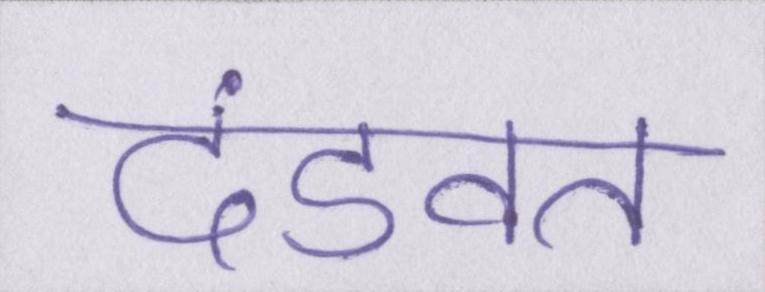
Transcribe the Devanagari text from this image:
दंडवत